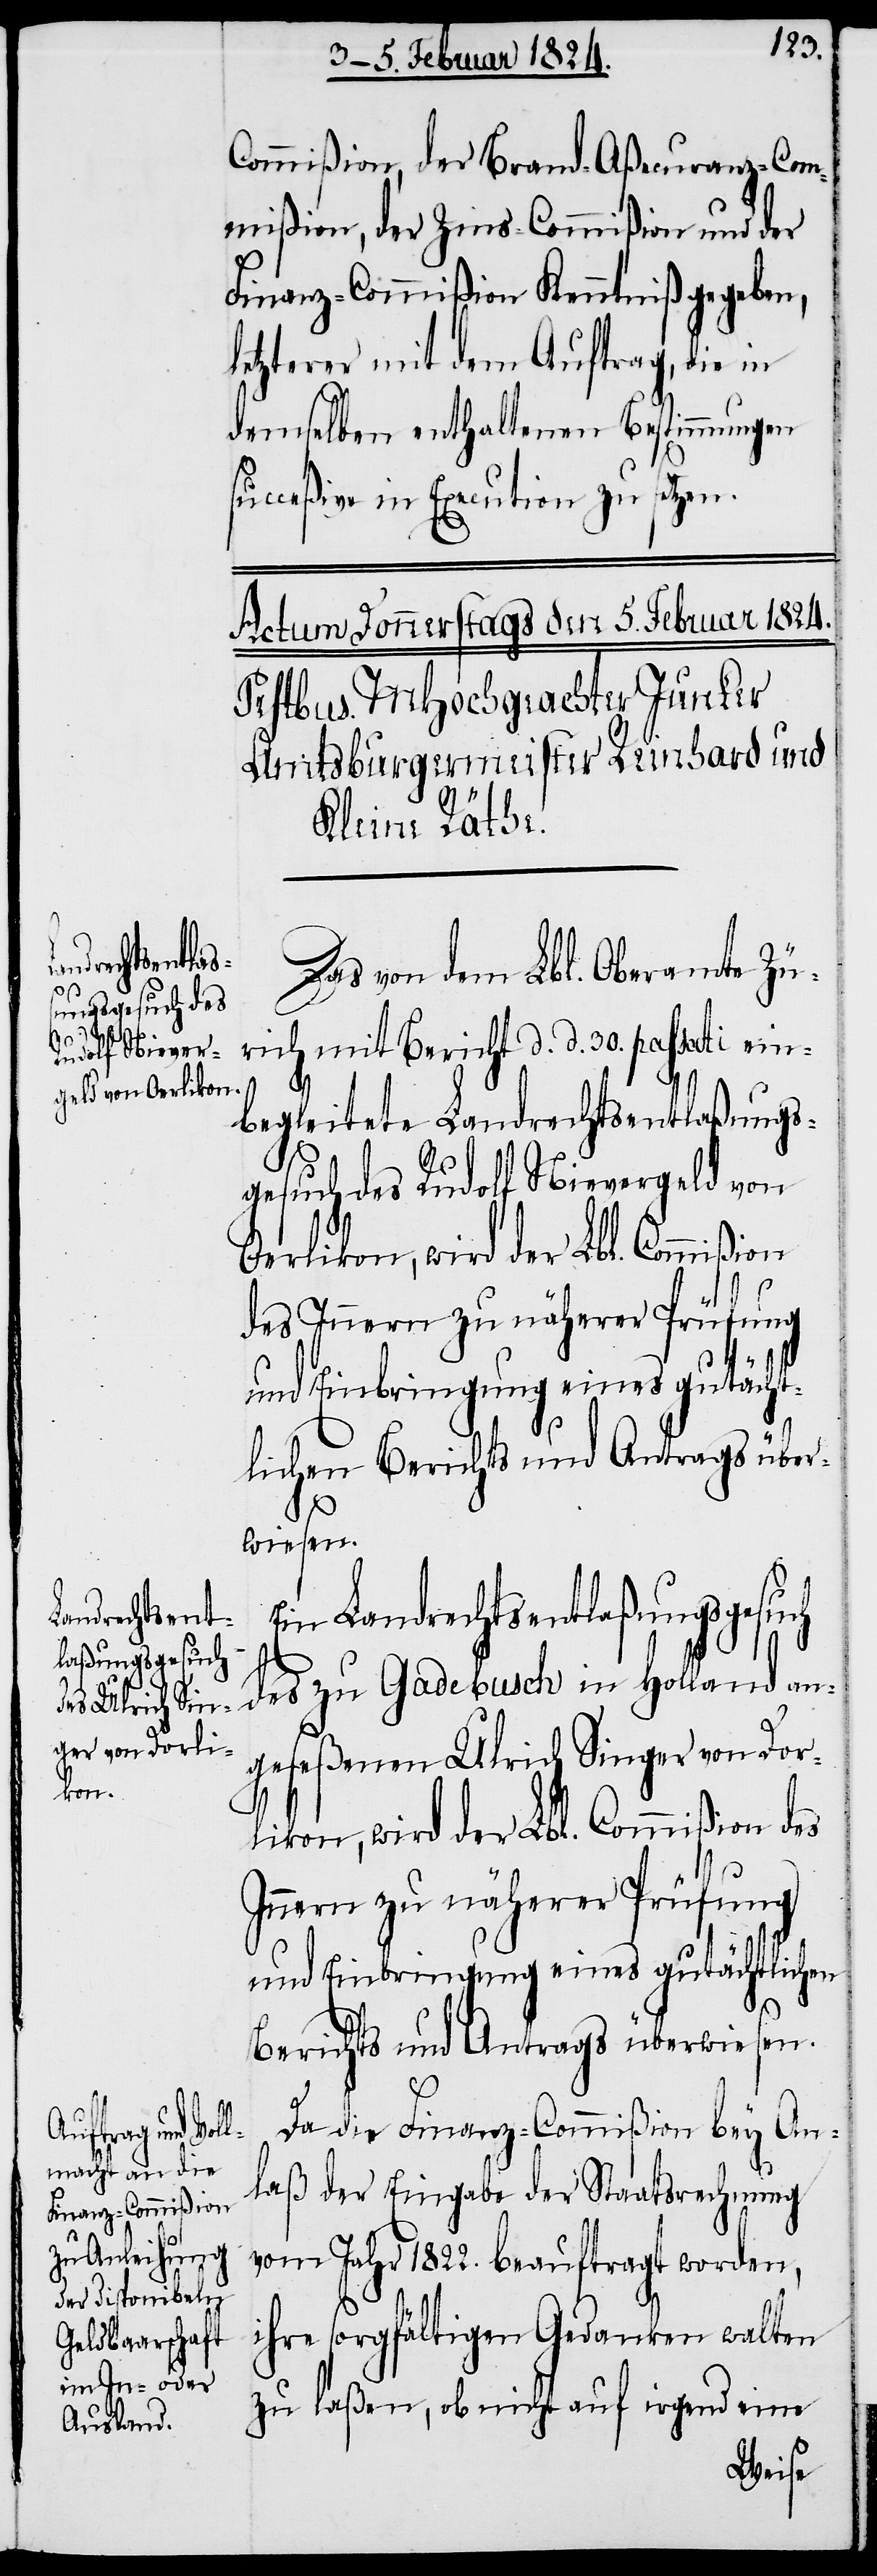
Commißion, der Brand-Aßecuranz-Com¬
mißion, der Zins-Commißion und der
Finanz-Commißion Kenntniß gegeben,
letzterer mit dem Auftrag, die in
demselben enthaltenen Bestimmungen
succeßive in Execution zu setzen.
Das von dem Lbl. Oberamte Zü¬
rich mit Bericht d. d. 30sten
begleitete Landrechtsentlaßungs¬
gesuch des Rudolf Nievergeld von
Oerlikon, wird der Lbl. Commißion
des Innern zu näherer Prüfung
Ein Landrechtsentlaßungsgesuch
des zu Gadebusch in Holland an¬
geseßenen Ulrich Singer von Dor¬
ein¬
likon, wird der Lbl. Commißion des
Innern zu näherer Prüfung
und Einbringung eines gutächtlichen
Berichts und Antrags überwiesen.
Da die Finanz-Commißion bey An¬
laß der Eingabe der Staatsrechnung
vom Jahr 1822. beauftragt worden,
ihre sorgfältigen Gedanken walten
zu laßen, ob nicht auf irgend eine